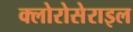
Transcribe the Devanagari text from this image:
क्लोरोसेराइल